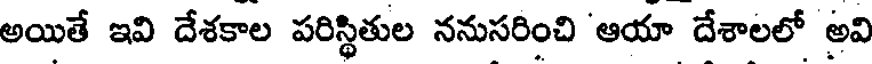
అయితే ఇవి దేశకాల పరిస్థితుల ననుసరించి 'ఆయా దేశాలలో అవి